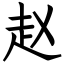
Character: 赵